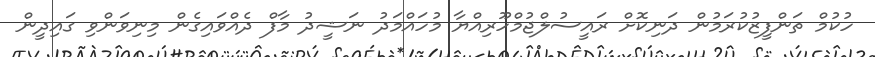
ހުކުމް ތަންފީޒުކުރަމުން ދަނިކޮށް ރައީސުލްޖުމްހޫރިއްޔާ މުހައްމަދު ނަޝީދު މާފް ދެއްވައިގެން މިނިވަންވި ގައިދީން